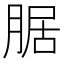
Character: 腒